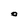
Character: O